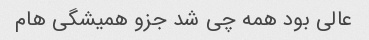
عالی بود همه چی شد جزو همیشگی هام